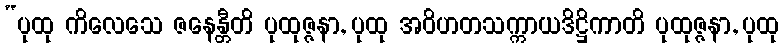
“ပုထု ကိလေသေ ဇနေန္တီတိ ပုထုဇ္ဇနာ, ပုထု အဝိဟတသက္ကာယဒိဋ္ဌိကာတိ ပုထုဇ္ဇနာ, ပုထု